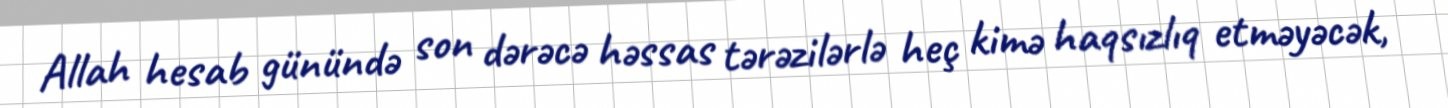
Allah hesab günündə son dərəcə həssas tərəzilərlə heç kimə haqsızlıq etməyəcək,